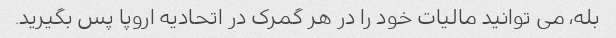
بله، می توانید مالیات خود را در هر گمرک در اتحادیه اروپا پس بگیرید.